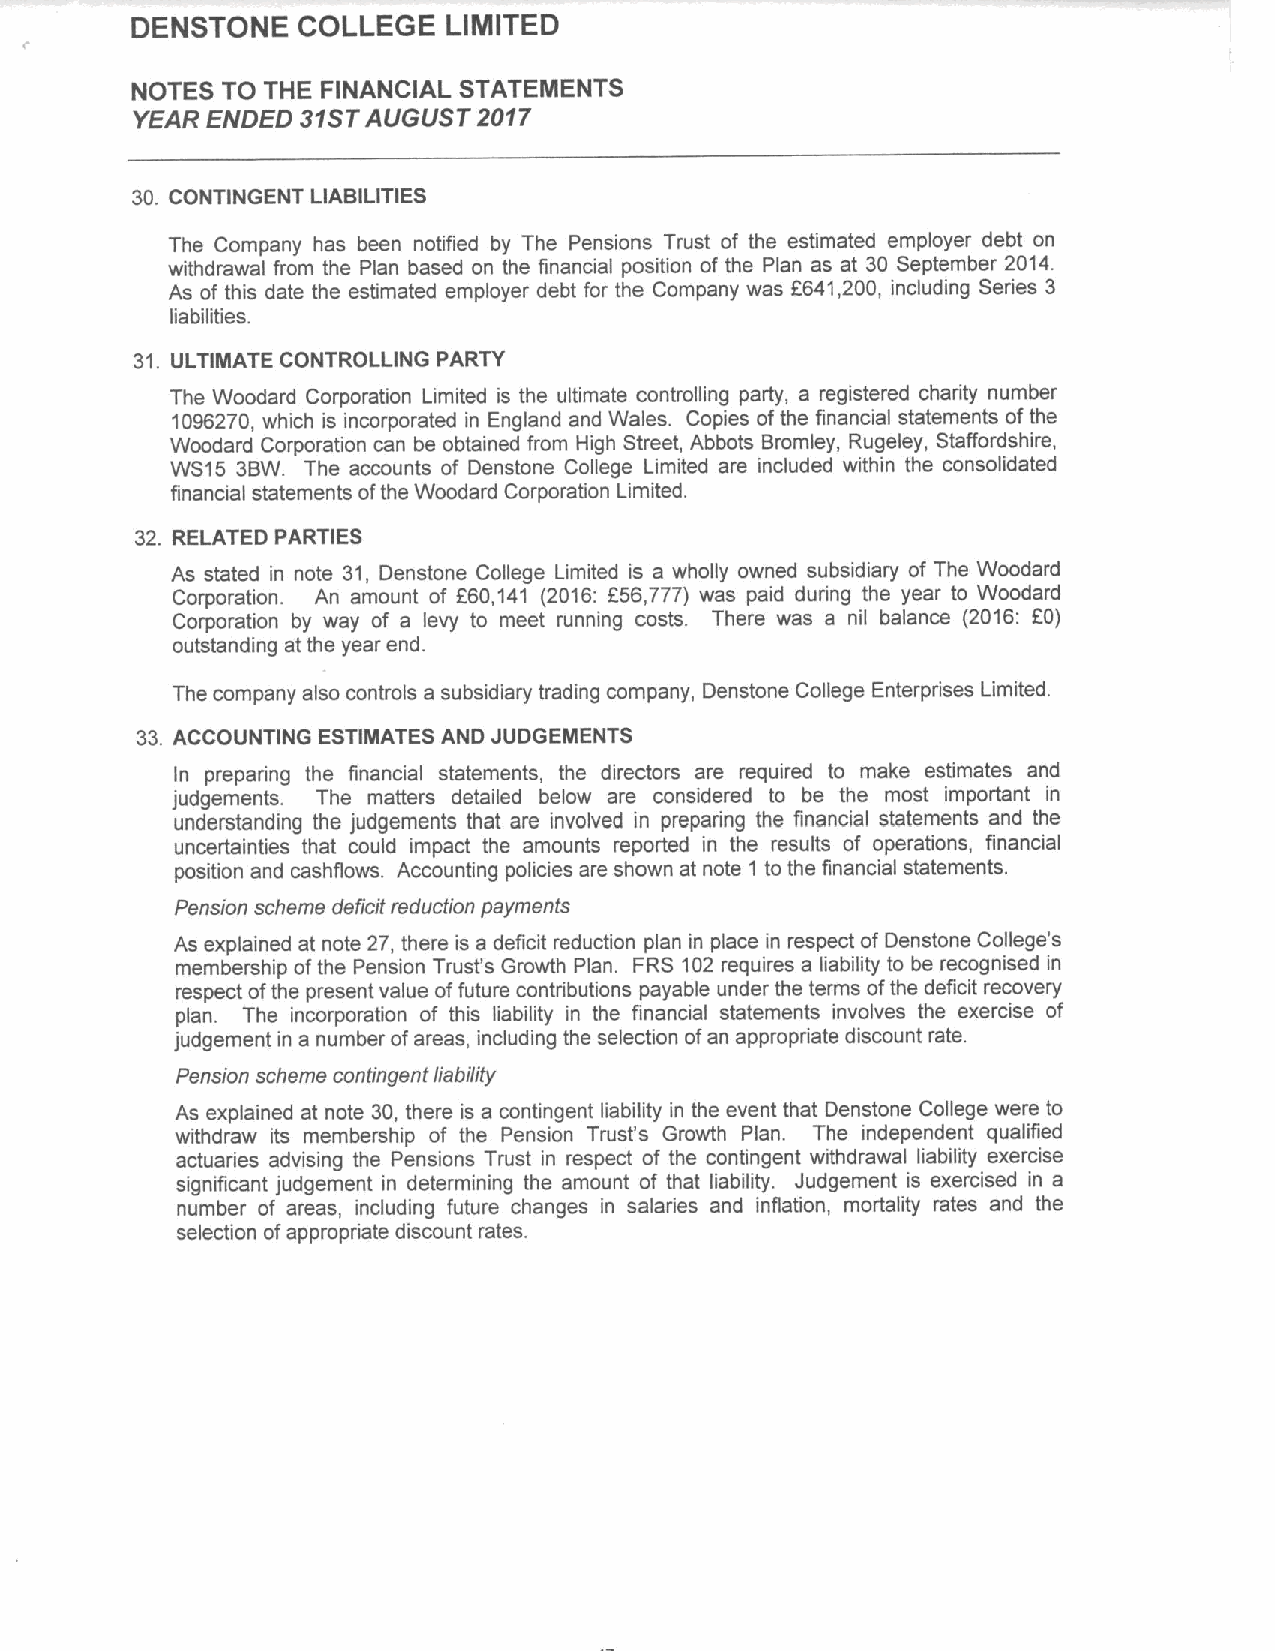
DENSTONE   COLLEGE   LIMITED
 NOTES TO THE FINANCIAL STATEMENTS
 YEAR ENDED 31STAUGUST  2017
 30. CONTINGENT LIABILITIES
 The Company has been notified by The Pensions Trust of the estimated employer debt on
 withdrawal from the Plan based on the financial position of the Plan as at 30 September 2014.
 As of this date the estimated employer debt for the Company was 6641,200, including Series 3
 liabilities.
 31. ULTIMATE CONTROLLING PARTY
 The Woodard Corporation Limited is the ultimate controlling party, a registered charity number
 1096270, which is incorporated in England and Wales. Copies ofthe financial statements ofthe
 Woodard Corporation can be obtained from High Street, Abbots Bromley, Rugeley, Staffordshire,
 WS15 3BW. The accounts of Denstone College Limited are included within the consolidated
 financial statements ofthe Woodard Corporation Limited.
 32. RELATED PARTIES
 As stated in note 31, Denstone College Limited is a wholly owned subsidiary of The Woodard
 Corporation. An amount of 660,141 (2016: f56,777) was paid during the year to Woodard
 Corporation by way of a levy to meet running costs. There was a nil balance (2016; KO)
 outstanding at the year end.
 The company also controls a subsidiary trading company, Denstone College Enterprises Limited.
 33. ACCOUNTING ESTIMATES AND JUDGEMENTS
 In preparing the financial statements, the directors are required to make estimates and
 judgements. The matters detailed below are considered to be the most important in
 understanding the judgements that are involved in preparing the financial statements and the
 uncertainties that could impact the amounts reported in the results of operations, financial
 position and cashflows. Accounting policies are shown at note 1 to the financial statements.
 Pension scheme deficit reduction payments
 As explained at note 27, there is a deficit reduction plan in place in respect of Denstone College's
 membership ofthe Pension Trust's Growth Plan. FRS 102 requires a liability to be recognised in
 respect ofthe present value offuture contributions payable under the terms ofthe deficit recovery
 plan. The incorporation of this liability in the financial statements involves the exercise of
 judgement in a number ofareas, including the selection ofan appropriate discount rate.
 Pension scheme contingent liability
 As explained at note 30, there is a contingent liability in the event that Denstone College were to
 withdraw its membership of the Pension Trust's Growth Plan. The independent qualified
 actuaries advising the Pensions Trust in respect of the contingent withdrawal liability exercise
 significant judgement in determining the amount of that liability. Judgement is exercised in a
 number of areas, including future changes in salaries and inflation, mortality rates and the
 selection ofappropriate discount rates.